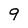
Character: 9